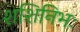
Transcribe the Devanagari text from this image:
शशिनिभः